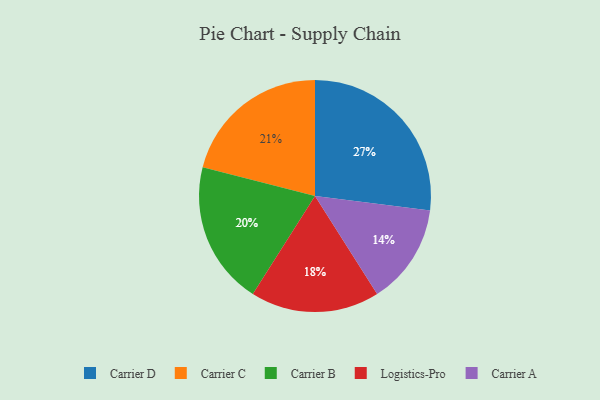
{"axis": {"x": "Category", "y": "Percentage"}, "legend": ["Carrier A", "Carrier B", "Carrier C", "Carrier D", "Logistics-Pro"], "data": [{"x": "Carrier A", "y": 14, "type": "Carrier A"}, {"x": "Carrier D", "y": 27, "type": "Carrier D"}, {"x": "Carrier B", "y": 20, "type": "Carrier B"}, {"x": "Logistics-Pro", "y": 18, "type": "Logistics-Pro"}, {"x": "Carrier C", "y": 21, "type": "Carrier C"}]}